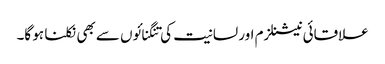
علاقائی نیشنلزم اور لسانیت کی تنگنائوں سے بھی نکلنا ہو گا۔